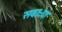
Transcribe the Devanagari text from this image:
सवाऱ्या